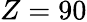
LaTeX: Z=90